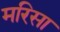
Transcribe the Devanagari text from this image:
मरिसा